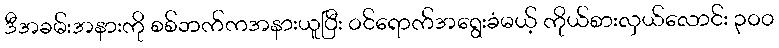
ဒီအခမ်းအနားကို စစ်ဘက်ကအနားယူပြီး ဝင်ရောက်အရွေးခံမယ့် ကိုယ်စားလှယ်လောင်း ၃ဝဝ